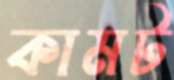
কামট